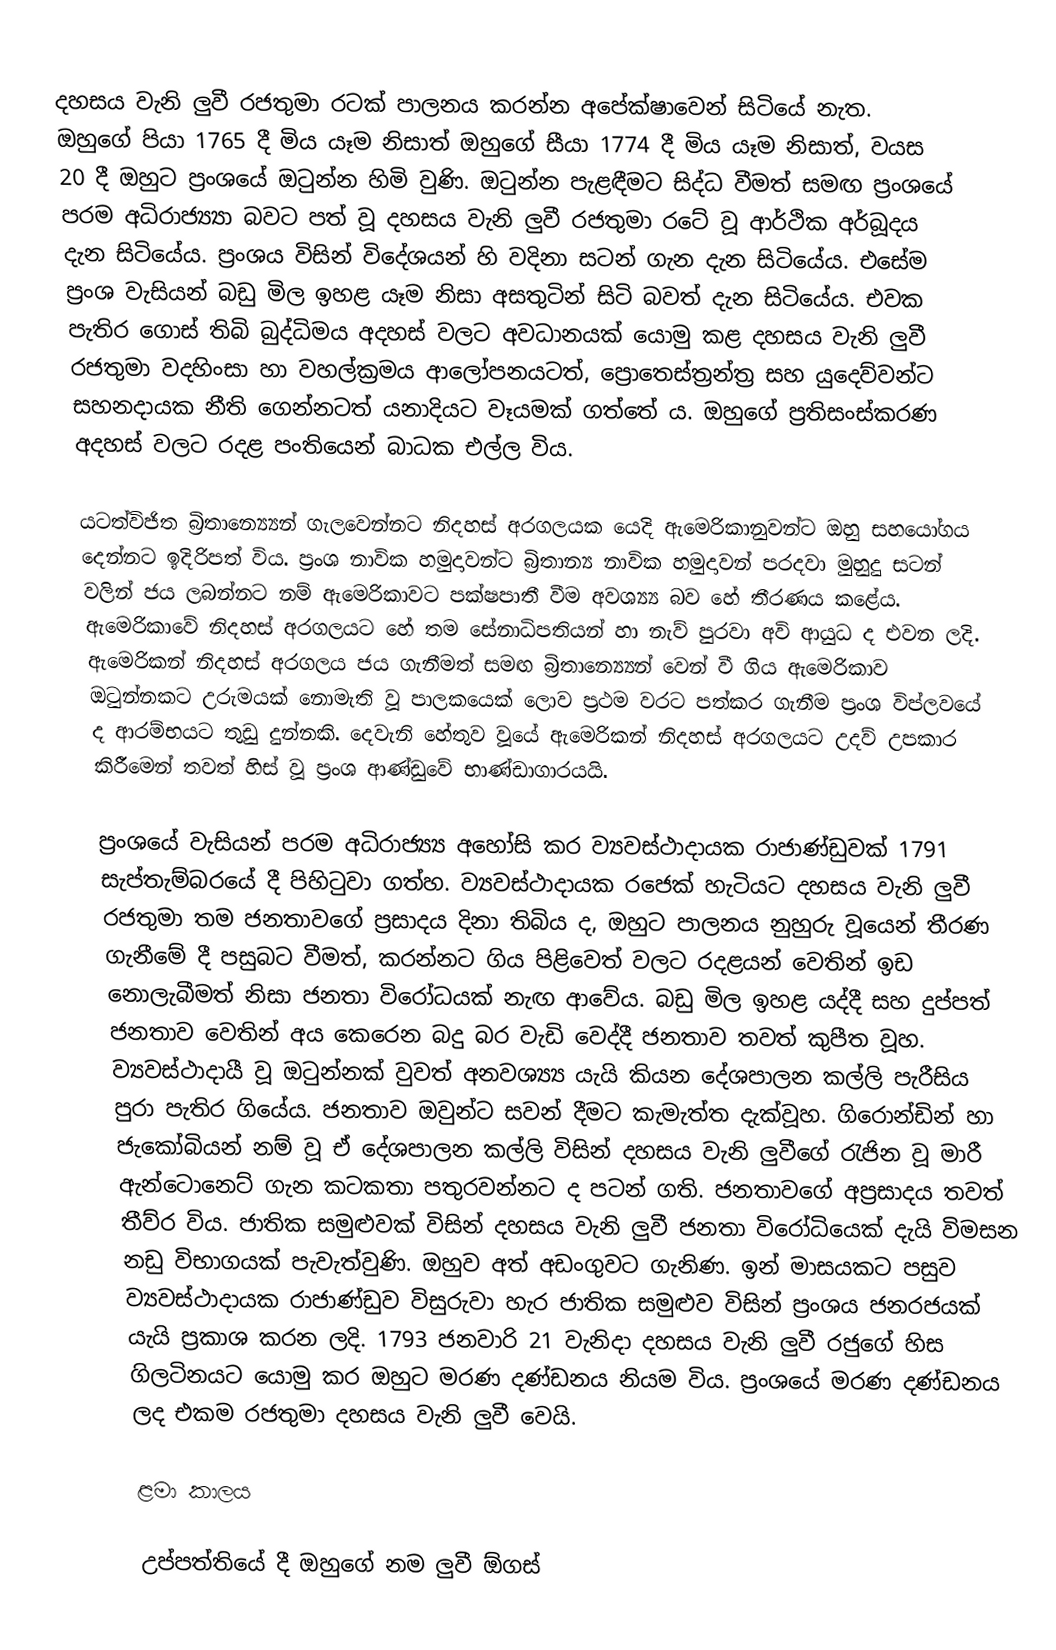
දහසය වැනි ලුවී රජතුමා රටක් පාලනය කරන්න අපේක්ෂාවෙන් සිටියේ නැත. ඔහුගේ පියා 1765 දී මිය යෑම නිසාත් ඔහුගේ සීයා 1774 දී මිය යෑම නිසාත්, වයස 20 දී ඔහුට ප්‍රංශයේ ඔටුන්න හිමි වුණි.  ඔටුන්න පැළඳීමට සිද්ධ වීමත් සමඟ ප්‍රංශයේ පරම අධිරාජ්‍ය්‍යා බවට පත් වූ දහසය වැනි ලුවී රජතුමා රටේ වූ ආර්ථික අර්බූදය දැන සිටියේය. ප්‍රංශය විසින් විදේශයන් හි වදිනා සටන් ගැන දැන සිටියේය. එසේම ප්‍රංශ වැසියන් බඩු මිල ඉහළ යෑම නිසා අසතුටින් සිටි බවත් දැන සිටියේය. එවක පැතිර ගොස් තිබි බුද්ධිමය අදහස් වලට අවධානයක් යොමු කළ දහසය වැනි ලුවී රජතුමා වදහිංසා හා වහල්ක්‍රමය ආලෝපනයටත්, ප්‍රොතෙස්ත්‍රන්ත්‍ර සහ යුදෙව්වන්ට සහනදායක නීති ගෙන්නටත් යනාදියට වෑයමක් ගත්තේ ය. ඔහුගේ ප්‍රතිසංස්කරණ අදහස් වලට රදළ පංතියෙන් බාධක එල්ල විය.

යටත්විජිත බ්‍රිතාන්‍ය්‍යෙන් ගැලවෙන්නට නිදහස් අරගලයක යෙදි ඇමෙරිකානුවන්ට ඔහු සහයෝගය දෙන්නට ඉදිරිපත් විය. ප්‍රංශ නාවික හමුදාවන්ට බ්‍රිතාන්‍ය නාවික හමුදාවන් පරදවා මුහුදු සටන් වලින් ජය ලබන්නට නම් ඇමෙරිකාවට පක්ෂපාතී වීම අවශ්‍ය්‍ය බව හේ තීරණය කළේය. ඇමෙරිකාවේ නිදහස් අරගලයට හේ තම සේනාධිපතියන් හා නැව් පුරවා අවි ආයුධ ද එවන ලදි. ඇමෙරිකන් නිදහස් අරගලය ජය ගැනීමත් සමඟ බ්‍රිතාන්‍ය්‍යෙන් වෙන් වී ගිය ඇමෙරිකාව ඔටුන්නකට උරුමයක් නොමැති වූ පාලකයෙක් ලොව ප්‍රථම වරට පත්කර ගැනීම ප්‍රංශ විප්ලවයේ ද ආරම්භයට තුඩු දුන්නකි. දෙවැනි හේතුව වූයේ ඇමෙරිකන් නිදහස් අරගලයට උදව් උපකාර කිරීමෙන් තවත් හිස් වූ ප්‍රංශ ආණ්ඩුවේ භාණ්ඩාගාරයයි.

ප්‍රංශයේ වැසියන් පරම අධිරාජ්‍ය්‍ය අහෝසි කර ව්‍යවස්ථාදායක රාජාණ්ඩුවක් 1791 සැප්තැම්බරයේ දී පිහිටුවා ගත්හ. ව්‍යවස්ථාදායක රජෙක් හැටියට දහසය වැනි ලුවී රජතුමා තම ජනතාවගේ ප්‍රසාදය දිනා තිබිය ද, ඔහුට පාලනය නුහුරු වූයෙන් තීරණ ගැනීමේ දී පසුබට වීමත්, කරන්නට ගිය පිළිවෙත් වලට රදළයන් වෙතින් ඉඩ නොලැබීමත් නිසා ජනතා විරෝධයක් නැඟ ආවේය. බඩු මිල ඉහළ යද්දී සහ දුප්පත් ජනතාව වෙතින් අය කෙරෙන බදු බර වැඩි වෙද්දී ජනතාව තවත් කුපීත වූහ. ව්‍යවස්ථාදායී වූ ඔටුන්නක් වුවත් අනවශ්‍ය්‍ය යැයි කියන දේශපාලන කල්ලි පැරීසිය පුරා පැතිර ගියේය. ජනතාව ඔවුන්ට සවන් දීමට කැමැත්ත දැක්වූහ. ගිරොන්ඩින් හා ජැකෝබියන් නම් වූ ඒ දේශපාලන කල්ලි විසින් දහසය වැනි ලුවීගේ රැජින වූ මාරී ඇන්ටොනෙට් ගැන කටකතා පතුරවන්නට ද පටන් ගති. ජනතාවගේ අප්‍රසාදය තවත් තීව්ර විය. ජාතික සමුළුවක් විසින් දහසය වැනි ලුවී ජනතා විරෝධියෙක් දැයි විමසන නඩු විභාගයක් පැවැත්වුණි. ඔහුව අත් අඩංගුවට ගැනිණ. ඉන් මාසයකට පසුව ව්‍යවස්ථාදායක රාජාණ්ඩුව විසුරුවා හැර ජාතික සමුළුව විසින් ප්‍රංශය ජනරජයක් යැයි ප්‍රකාශ කරන ලදි. 1793 ජනවාරි 21 වැනිදා දහසය වැනි ලුවී රජුගේ හිස ගිලටිනයට යොමු කර ඔහුට මරණ දණ්ඩනය නියම විය. ප්‍රංශයේ මරණ දණ්ඩනය ලද එකම රජතුමා දහසය වැනි ලුවී වෙයි.

ළමා කාලය

උප්පත්තියේ දී ඔහුගේ නම ලුවී ඕගස්